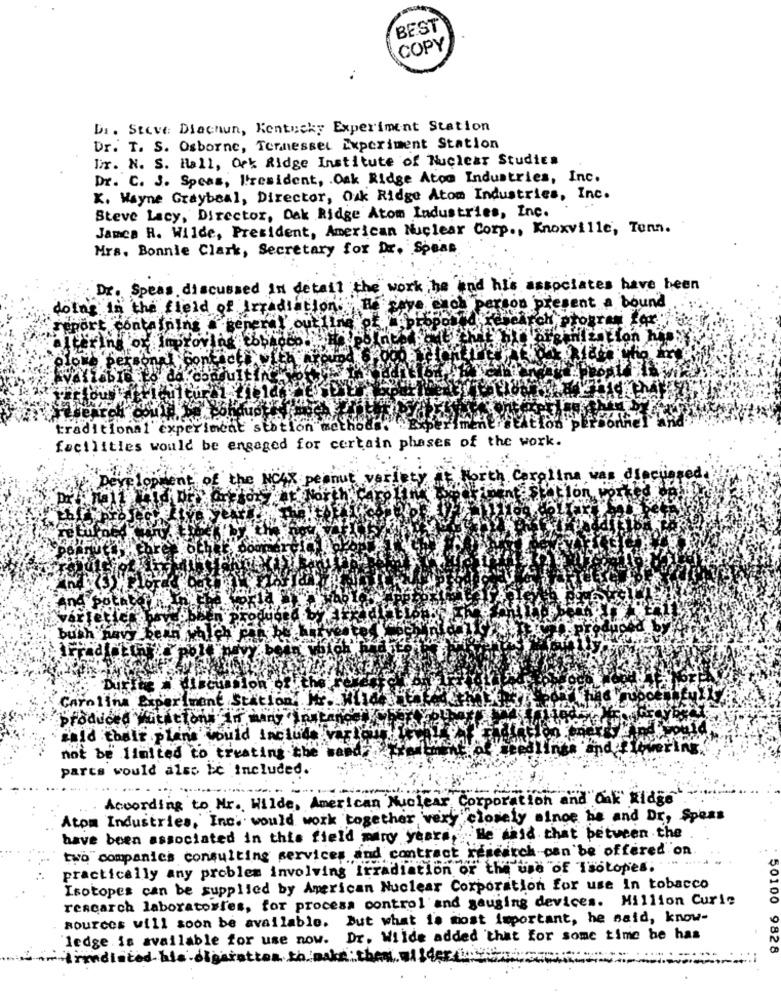
BEST
COPY
Di. Steve Diachun, Kentucky Experiment Station
Dr. T. S. Osborne, Ternessel Experiment Station
Tr. N. S. Hall, Ock Ridge Institute of Nuclear Studies
Dr. C. J. Speas, President, Oak Ridge Atom Industries, Inc.
K. Wayne Graybeal, Director, Oak Ridge Atom Industries, Inc.
Steve Lacy, Director, Oak Ridge Atom Industries, Inc.
Janca R. Wilde, President, American Nuclear Corp ., Knoxville, Tonn.
Mrs. Bonnie Clark, Secretary for Dr. Spean
Dr. Speas discussed in detail
WC
rk .he and his associates have been
doing in the field of Irradiation.
son present a bound
eport containing a seper
out
per
contact
traditional experiment station me
facilities would be engaged for certain phases of the work.
nut
North Carolina was diec
Station, Por
bu
Carolina Experiment Station. Mr. Hilde
Produced Wutations In many "
Der
said toair plane would include vartan
not be Ilmited to treating the
parts would also be included.
According to Mr. Wilde, American Nuclear Corporation and Oak Ridge
Atom Industries, Inc. would work together very closely sinoe ha and Dr, Spoas
have been associated in this field many years, He said that between the
two companies consulting services and contract research can'be offered"on
practically any problem involving irradiation or the use"of Isotopes. .
Isotopes can be supplied by American Nuclear Corporation for use In tobacco
research laboratories, for process control and gouging devices. Million Curic
50100
sources will soon be available. But what is most important, he said, know-
ledge is available for use now. Dr. Wilde added that for some time he has
9828